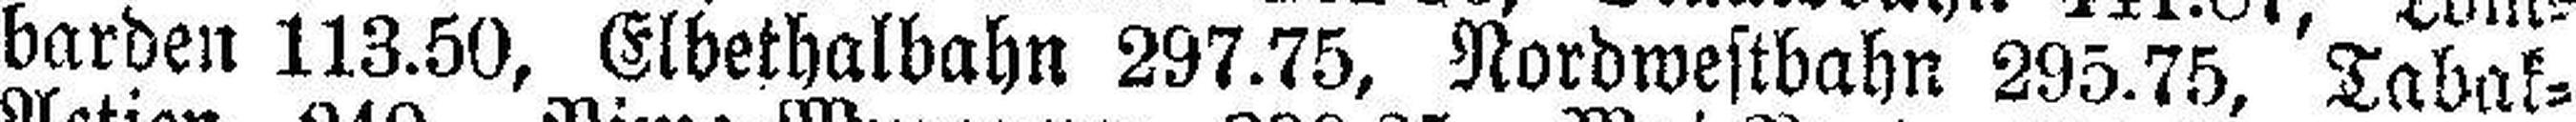
barden 113.50, Elbethalbahn 297.75, Nordwestbahn 295.75, Tabak=